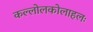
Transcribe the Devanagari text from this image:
कल्लोलकोलाहलः